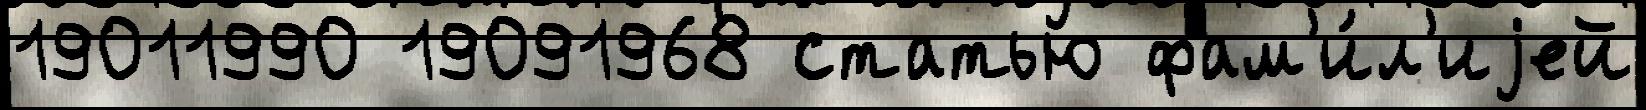
19011990 19091968 статью фам'и́л'иjей